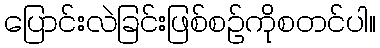
ပြောင်းလဲခြင်းဖြစ်စဉ်ကိုစတင်ပါ။